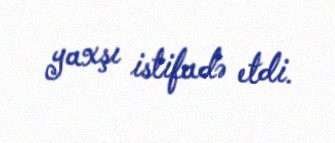
yaxşı istifadə etdi.